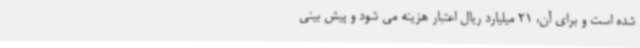
شده است و برای آن، 21 میلیارد ریال اعتبار هزینه می شود و پیش بینی